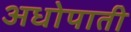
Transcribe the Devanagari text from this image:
अधोपाती